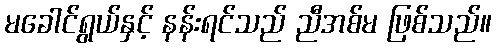
မခေါင်ရွယ်နှင့် နန်းရင်သည် ညီအစ်မ ဖြစ်သည်။